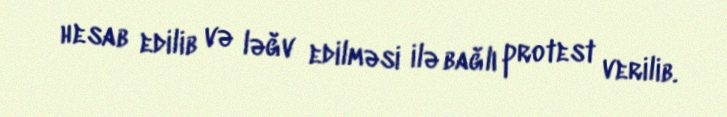
hesab edilib və ləğv edilməsi ilə bağlı protest verilib.